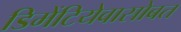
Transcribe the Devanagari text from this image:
डिमेंटियेवासोबत